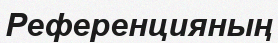
Референцияның